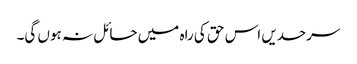
سرحدیں اس حق کی راہ میں حائل نہ ہوں گی۔